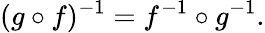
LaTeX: (g\circ f)^{-1}=f^{-1}\circ g^{-1}.